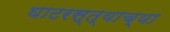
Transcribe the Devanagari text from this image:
घाटरस्त्याच्या